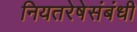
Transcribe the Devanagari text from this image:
नियतरेषेसंबंधी